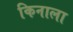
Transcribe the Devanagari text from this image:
किनाला